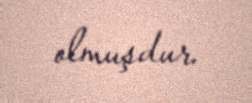
olmuşdur.